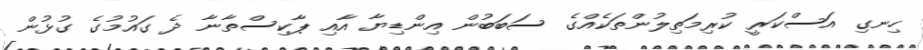
ހިނގި އަސްކަރީ ކުރިމަތިލުންތަކެއްގެ ސަބަބުން އިންޑިޔާ އާއި ޕާކިސްތާނާ ދެ ގައުމުގެ ގުޅުން